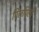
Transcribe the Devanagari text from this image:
पिलपिली